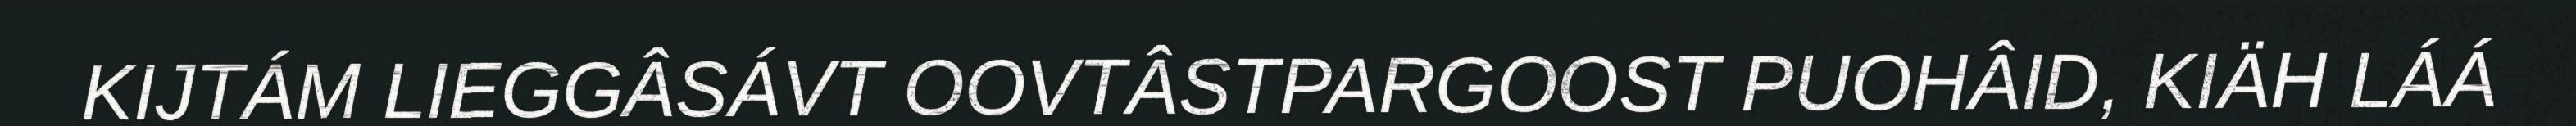
KIJTÁM LIEGGÂSÁVT OOVTÂSTPARGOOST PUOHÂID, KIÄH LÁÁ